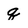
Character: q